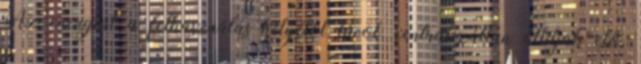
Az energiát a felhasználás helyétől távol, centralizáltan állítják elő,